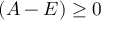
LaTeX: ( A - E ) \geq 0